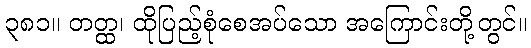
၃၈၁။ တတ္ထ၊ ထိုပြည့်စုံစေအပ်သော အကြောင်းတို့တွင်။